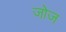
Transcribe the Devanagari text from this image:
जोज